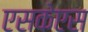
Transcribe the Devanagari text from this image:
एसकेएस